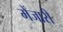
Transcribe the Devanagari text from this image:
मेंजारी